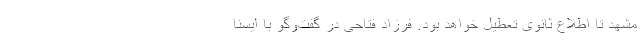
مشهد تا اطلاع ثانوی تعطیل خواهد بود. فرزاد فتاحی در گفت‌وگو با ایسنا